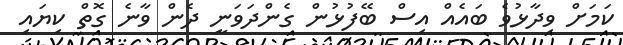
ކަމަށް ވިދާޅުވެ ބައެއް އިސް ބޭފުޅުން ގެންދަވަނީ ދެން ވާނެ ގޮތް ކިޔައި